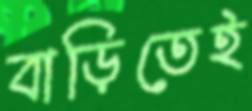
বাড়িতেই